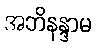
အဘိနန္ဒာမ